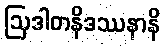
ဩဒါတနိဒဿနာနိ